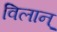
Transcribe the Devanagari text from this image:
विलान्